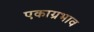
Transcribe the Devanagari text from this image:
एकाग्रभाव